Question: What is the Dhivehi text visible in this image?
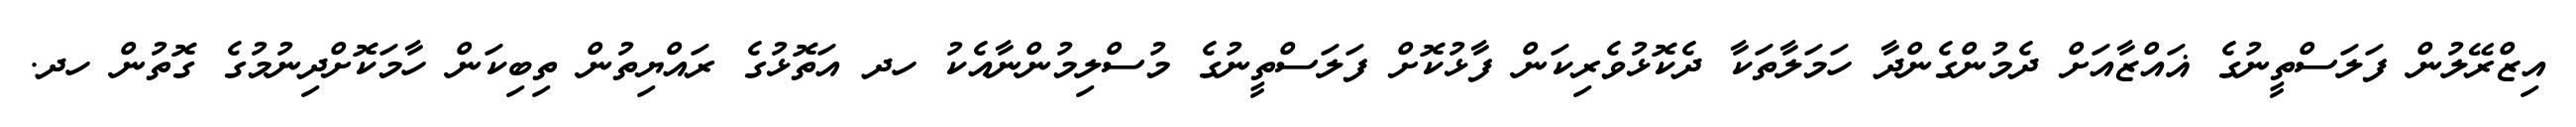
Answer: އިޒްރޭލުން ފަލަސްތީނުގެ ޣައްޒާއަށް ދެމުންގެންދާ ހަމަލާތަކާ ދެކޮޅުވެރިކަން ފާޅުކޮށް ފަލަސްތީނުގެ މުސްލިމުންނާއެކު ހދ އަތޮޅުގެ ރައްޔިތުން ތިބިކަން ހާމަކޮށްދިނުމުގެ ގޮތުން ހދ.